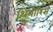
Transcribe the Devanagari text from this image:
थियोरिस